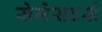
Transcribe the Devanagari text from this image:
सेमेसटर्स